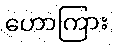
ဟောကြား